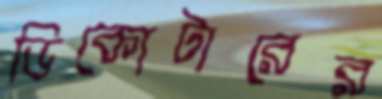
ডিকোটারের